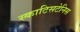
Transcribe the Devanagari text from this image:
स्काटिसटेनिस